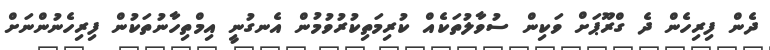
ދެން ފިރިހެން ދެ ގްރޫޕަށް ވަކިން ސުވާލުތަކެއް ކުރިމަތިކުރުވުމުން އެނގުނީ އިމްތިހާނުތަކުން ފިރިހެނުންނަށް